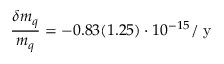
\frac { \delta m _ { q } } { m _ { q } } = - 0 . 8 3 ( 1 . 2 5 ) \cdot 1 0 ^ { - 1 5 } / \mathrm { ~ y ~ }